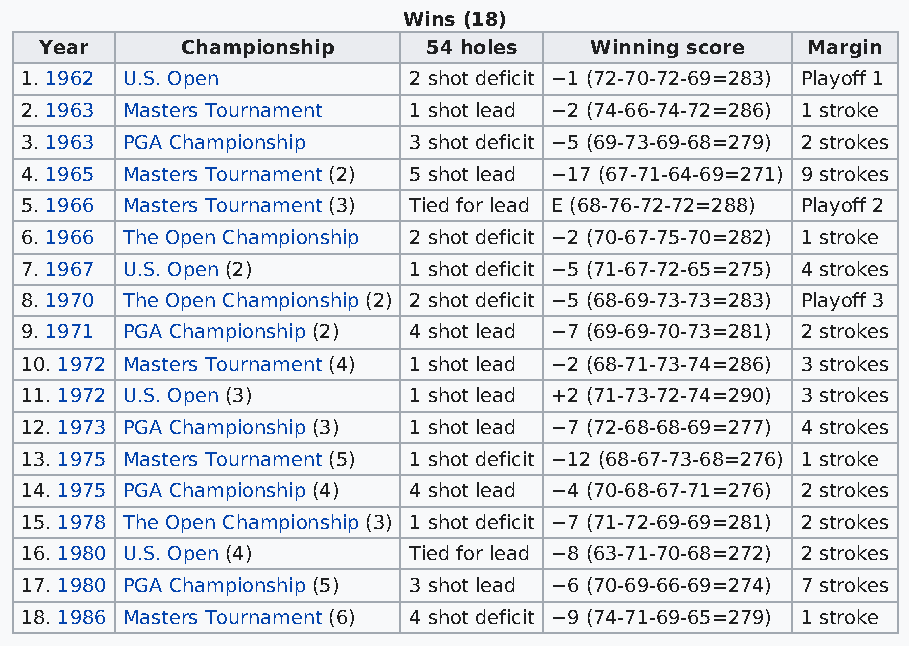
Wins (18)
 Year     Championship    54 holes   Winning score Margin
 1. 1962 U.S. Open         2 shot deficit −1 (72-70-72-69=283) Playoff 1
 2. 1963 Masters Tournament 1 shot lead −2 (74-66-74-72=286) 1 stroke
 3. 1963 PGA Championship  3 shot deficit −5 (69-73-69-68=279) 2 strokes
 4. 1965 Masters Tournament (2) 5 shot lead −17 (67-71-64-69=271) 9 strokes
 5. 1966 Masters Tournament (3) Tied for lead E (68-76-72-72=288) Playoff 2
 6. 1966 The Open Championship 2 shot deficit −2 (70-67-75-70=282) 1 stroke
 7. 1967 U.S. Open (2)     1 shot deficit −5 (71-67-72-65=275) 4 strokes
 8. 1970 The Open Championship (2) 2 shot deficit −5 (68-69-73-73=283) Playoff 3
 9. 1971 PGA Championship (2) 4 shot lead −7 (69-69-70-73=281) 2 strokes
 10. 1972 Masters Tournament (4) 1 shot lead −2 (68-71-73-74=286) 3 strokes
 11. 1972 U.S. Open (3)    1 shot lead +2 (71-73-72-74=290) 3 strokes
 12. 1973 PGA Championship (3) 1 shot lead −7 (72-68-68-69=277) 4 strokes
 13. 1975 Masters Tournament (5) 1 shot deficit −12 (68-67-73-68=276) 1 stroke
 14. 1975 PGA Championship (4) 4 shot lead −4 (70-68-67-71=276) 2 strokes
 15. 1978 The Open Championship (3) 1 shot deficit −7 (71-72-69-69=281) 2 strokes
 16. 1980 U.S. Open (4)    Tied for lead −8 (63-71-70-68=272) 2 strokes
 17. 1980 PGA Championship (5) 3 shot lead −6 (70-69-66-69=274) 7 strokes
 18. 1986 Masters Tournament (6) 4 shot deficit −9 (74-71-69-65=279) 1 stroke